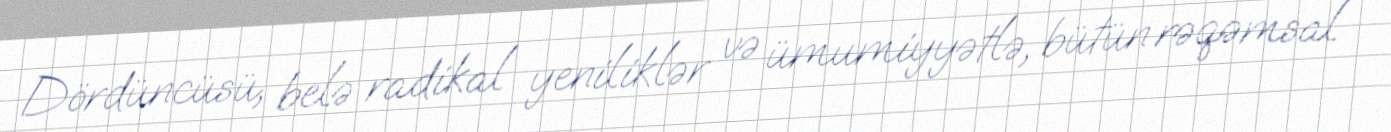
Dördüncüsü, belə radikal yeniliklər və ümumiyyətlə, bütün rəqəmsal